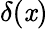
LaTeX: \delta(\mathit{x})